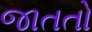
જાતતો